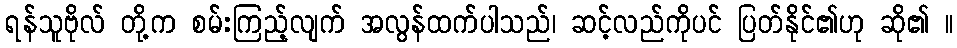
ရန်သူဗိုလ် တို့က စမ်းကြည့်လျက် အလွန်ထက်ပါသည်၊ ဆင့်လည်ကိုပင် ပြတ်နိုင်၏ဟု ဆို၏ ။